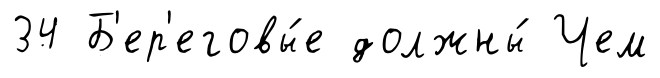
34 Б'ер'еговы́е должны́ Чем